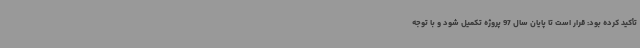
تأکید کرده بود: قرار است تا پایان سال 97 پروژه تکمیل شود و با توجه